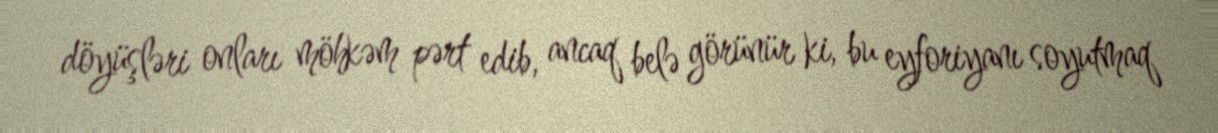
döyüşləri onları möhkəm pərt edib, ancaq belə görünür ki, bu eyforiyanı soyutmaq